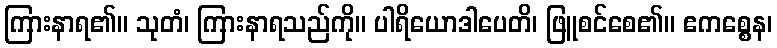
ကြားနာရ၏။ သုတံ၊ ကြားနာရသည်ကို။ ပါရိယောဒါပေတိ၊ ဖြူစင်စေ၏။ ဧကစ္စေန၊